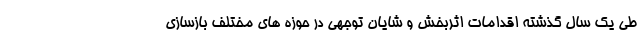
طی یک سال گذشته اقدامات اثربخش و شایان توجهی در حوزه های مختلف بازسازی